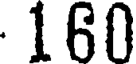
160